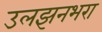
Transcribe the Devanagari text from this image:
उलझनभरा